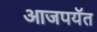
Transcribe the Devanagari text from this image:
आजपयॅत